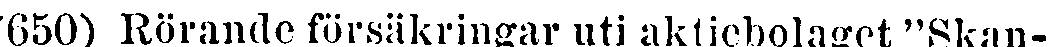
650) Rörande försäkringar uti aktiebolaget "Skan-